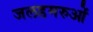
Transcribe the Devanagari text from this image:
जलडमरुओं